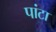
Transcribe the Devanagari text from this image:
पांटा